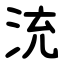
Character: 㳘